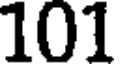
101